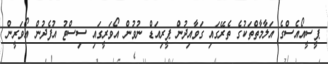
ޕީސީއޯއެސްގެ އަލާމާތްތަކުގެ ތެރޭގައި ގަވާއިދުން ޕީރިއަޑް ނުވުން އޯވަރީގައި ސިސްޓު އުފެދުން އޯވަރީން